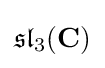
{\mathfrak {sl}}_{3}(\mathbf {C} )